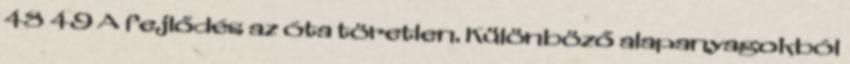
48 49 A fejlődés az óta töretlen. Különböző alapanyagokból